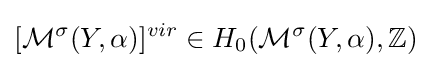
[{\mathcal {M}}^{\sigma }(Y,\alpha )]^{vir}\in H_{0}({\mathcal {M}}^{\sigma }(Y,\alpha ),\mathbb {Z} )